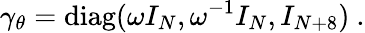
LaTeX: \gamma_{\theta}=\mathrm{diag}(\omega I_{N},\omega^{-1}I_{N},I_{N+8})~.